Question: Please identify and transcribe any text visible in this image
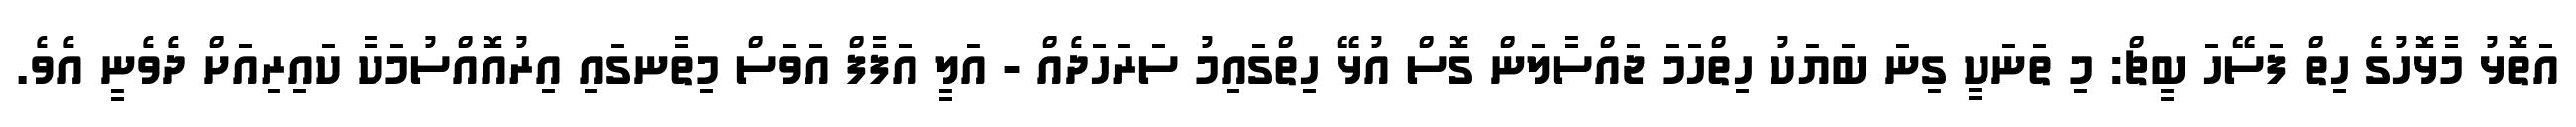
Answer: އަތޮޅު މާޅޮހުގެ ހިތް ފަސޭހަ ބީޗް: މި ތަނަކީ ގިނަ ބަޔަކު ހިތްހަމަ ޖައްސާލަން ގޮސް އުޅޭ ހިތްގައިމު ސަރަހަދެއް - އަލީ އަފާފް އަވަސް މިތާނގައި އިރުއޮއްސުމަކާ ކައިރިއަށް ދެވެނީ އެވެ.